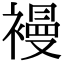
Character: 𧜞